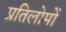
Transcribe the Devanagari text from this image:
प्रतिलोमों